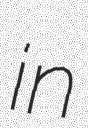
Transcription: in